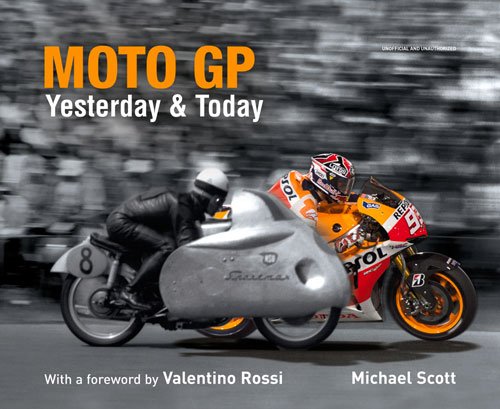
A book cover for Moto GP Yesterday & Today; Michael Scott; Arts & Photography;